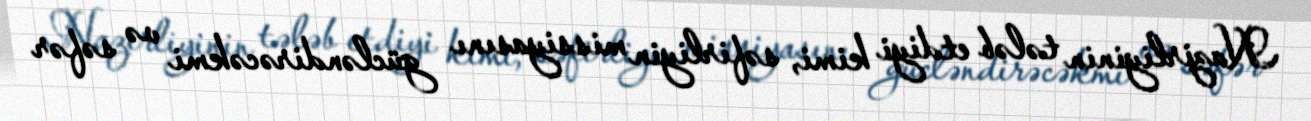
Nazirliyinin tələb etdiyi kimi, səfirliyin missiyasını gücləndirəcəkmi və səfər